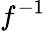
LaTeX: f^{-1}